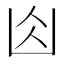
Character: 𠚄